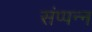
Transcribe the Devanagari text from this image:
संप्पन्न